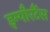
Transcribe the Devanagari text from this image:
इम्पौरटैंस